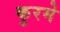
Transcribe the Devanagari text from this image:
कुरमे